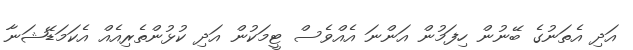
އަދި އެތަނުގެ ބޭނުން ހިފަމުން އަންނަ އެއްވެސް ޓީމަކުން އަދި ކުޅުންތެރިއެއް އެކަމަޑޭޝަނާ